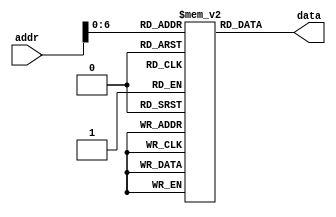
// Course: CSE 401- Computer Architecture
// Term: Winter 2020
// Name: Erika Gutierrez
// ID: 005318270

`timescale 1ns / 1ps

module mem(
   output reg [31:0] data,
   input wire [31:0] addr
   );

   reg [31:0] MEM[0:127];
   integer i;

   initial begin
   MEM[0] <= 'b10001100000000010000000000000001;
   MEM[1] <= 'b10001100000000010000000000000010;
   MEM[2] <= 'b10001100000000010000000000000011;
   MEM[3] <= 'b10000000000000000000000000000000;
   MEM[4] <= 'b10000000000000000000000000000000;
   MEM[5] <= 'b00000000001000100000100000100000;
   MEM[6] <= 'b10000000000000000000000000000000;
   MEM[7] <= 'b10000000000000000000000000000000;
   MEM[8] <= 'b10000000000000000000000000000000;
   MEM[9] <= 'b00000000001000110000100000100000;
   MEM[10] <= 'b10000000000000000000000000000000;
   MEM[11] <= 'b10000000000000000000000000000000;
   MEM[12] <= 'b10000000000000000000000000000000;
   MEM[13] <= 'b00000000001000010000100000100000;
   MEM[14] <= 'b10000000000000000000000000000000;
   MEM[15] <= 'b10000000000000000000000000000000;
   MEM[16] <= 'b10000000000000000000000000000000;
   MEM[17] <= 'b10000000000000000000000000000000;
   MEM[18] <= 'b00000000001000000000100000100000;
   MEM[19] <= 'b10000000000000000000000000000000;
   MEM[20] <= 'b10000000000000000000000000000000;
   MEM[21] <= 'b10000000000000000000000000000000;
   MEM[22] <= 'b10000000000000000000000000000000;
   MEM[23] <= 'b10000000000000000000000000000000;
   end

   always @(addr) begin
		data <= MEM[addr];
   end
endmodule   //mem